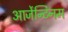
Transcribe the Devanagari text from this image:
आर्जेन्टिनम